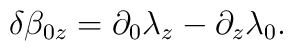
\delta \beta_{0z}=\partial_0\lambda_z -\partial_z\lambda_0.